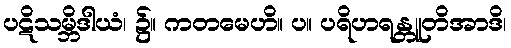
ပဋိသမ္ဘိဒါယံ၊ ၌။ ကတမေဟိ။ ပ။ ပရိဟရန္တူတိအာဒိ၊